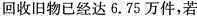
回收旧物已经达6.75万件，若